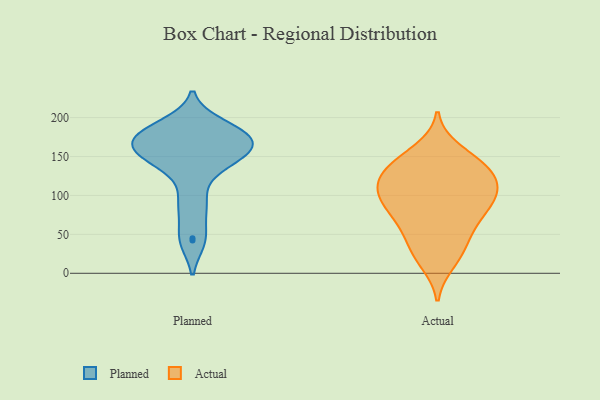
{"axis": {"x": "Net Income (USD K)", "y": "Value"}, "legend": ["Actual", "Planned"], "data": [{"x": "", "y": 146, "type": "Planned"}, {"x": "", "y": 139, "type": "Planned"}, {"x": "", "y": 177, "type": "Planned"}, {"x": "", "y": 175, "type": "Planned"}, {"x": "", "y": 160, "type": "Planned"}, {"x": "", "y": 139, "type": "Planned"}, {"x": "", "y": 181, "type": "Planned"}, {"x": "", "y": 161, "type": "Planned"}, {"x": "", "y": 90, "type": "Planned"}, {"x": "", "y": 183, "type": "Planned"}, {"x": "", "y": 175, "type": "Planned"}, {"x": "", "y": 158, "type": "Planned"}, {"x": "", "y": 42, "type": "Planned"}, {"x": "", "y": 160, "type": "Planned"}, {"x": "", "y": 45, "type": "Planned"}, {"x": "", "y": 190, "type": "Planned"}, {"x": "", "y": 89, "type": "Planned"}, {"x": "", "y": 135, "type": "Actual"}, {"x": "", "y": 48, "type": "Actual"}, {"x": "", "y": 97, "type": "Actual"}, {"x": "", "y": 23, "type": "Actual"}, {"x": "", "y": 96, "type": "Actual"}, {"x": "", "y": 14, "type": "Actual"}, {"x": "", "y": 112, "type": "Actual"}, {"x": "", "y": 91, "type": "Actual"}, {"x": "", "y": 125, "type": "Actual"}, {"x": "", "y": 33, "type": "Actual"}, {"x": "", "y": 71, "type": "Actual"}, {"x": "", "y": 146, "type": "Actual"}, {"x": "", "y": 103, "type": "Actual"}, {"x": "", "y": 138, "type": "Actual"}, {"x": "", "y": 70, "type": "Actual"}, {"x": "", "y": 136, "type": "Actual"}, {"x": "", "y": 64, "type": "Actual"}, {"x": "", "y": 158, "type": "Actual"}, {"x": "", "y": 118, "type": "Actual"}, {"x": "", "y": 100, "type": "Actual"}]}